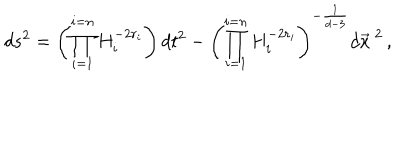
d s ^ { 2 } = \left( \prod _ { i = 1 } ^ { i = n } H _ { i } ^ { - 2 r _ { i } } \right) d t ^ { 2 } - \left( \prod _ { i = 1 } ^ { i = n } H _ { i } ^ { - 2 r _ { i } } \right) ^ { - \frac { 1 } { d - 3 } } d \vec { x } ^ { \ 2 } \, ,